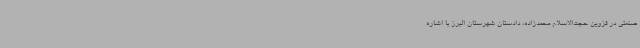
صنعتی در قزوین حجت‌الاسلام محمدزاده، دادستان شهرستان البرز با اشاره